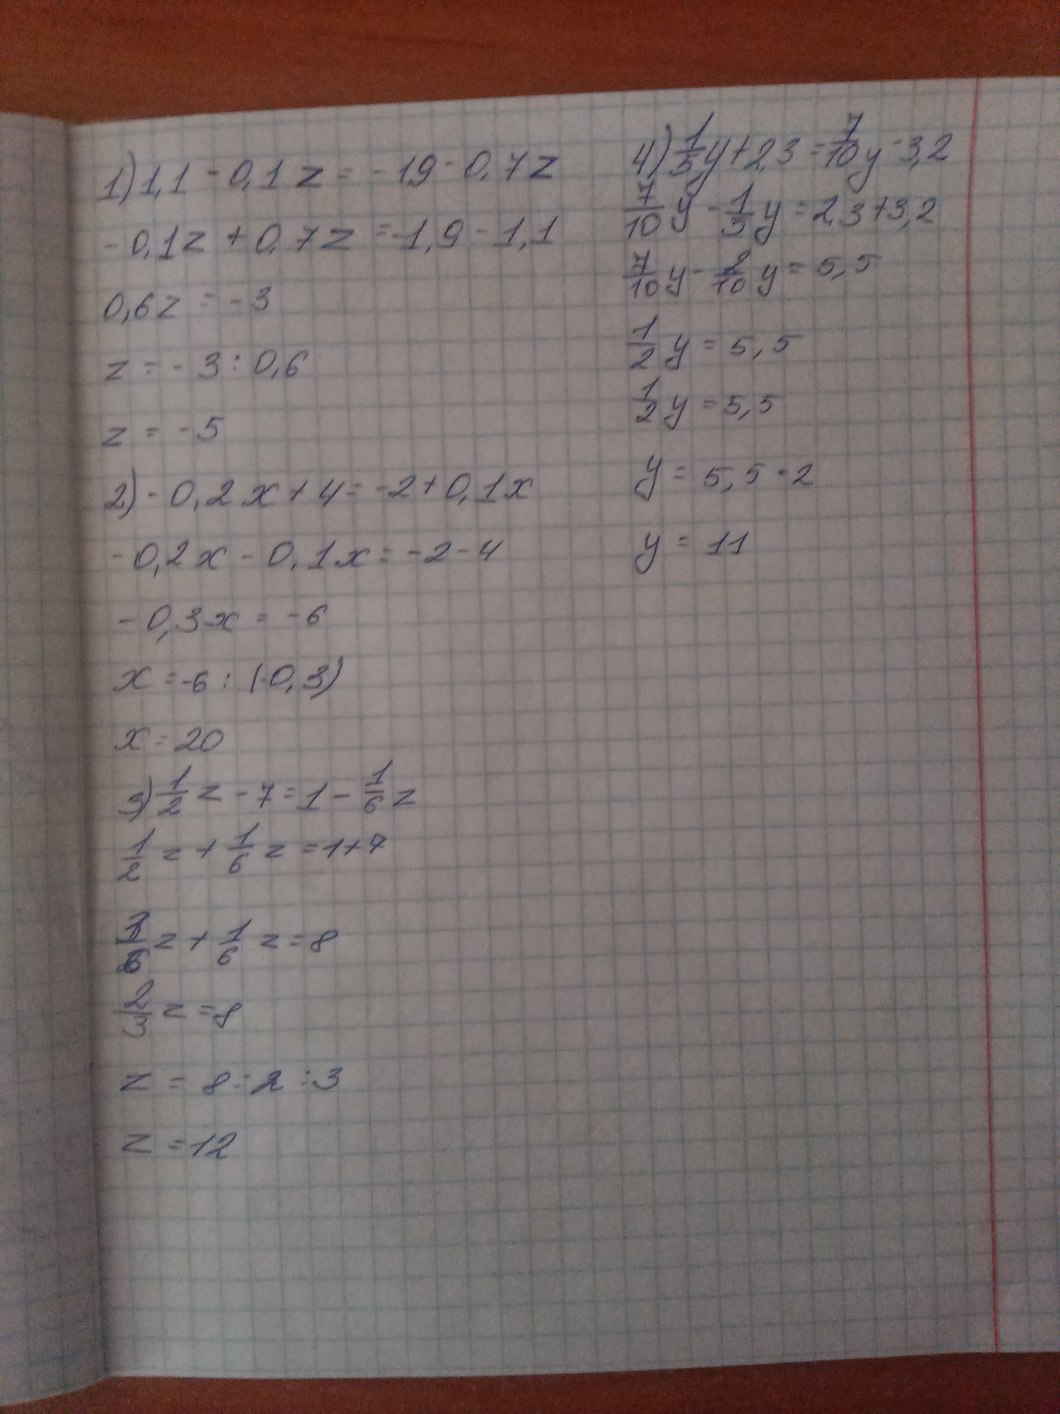
4) 1/5 y + 2,3 = 7/10 y - 3,2
1) 1,1 - 0,1 z = - 1,9 - 0,7 z
7/10 y - 1/5 y = 2,3 + 3,2
-0,1z + 0,7z = -1,9 - 1,1
7/10 y- 2/10 y=5,5
0,6 z = -3
1/2 y = 5,5
z = -3 : 0,6
1/2 y = 5,5
z = -5
y = 5,5 · 2
2) -0,2x + 4 = -2 + 0,1x
y = 11
-0,2x - 0,1x = -2 - 4
-0,3x = -6
x = -6 : (-0,3)
x = 20
3) 1/2 z - 7 = 1 - 1/6 z
1/2 z + 1/6 z = 1 + 7
3/6 z + 1/6 z = 8
2/3 = 8
z = 8 :2:3
z = 12